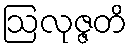
ဩလုဇ္ဇတိ